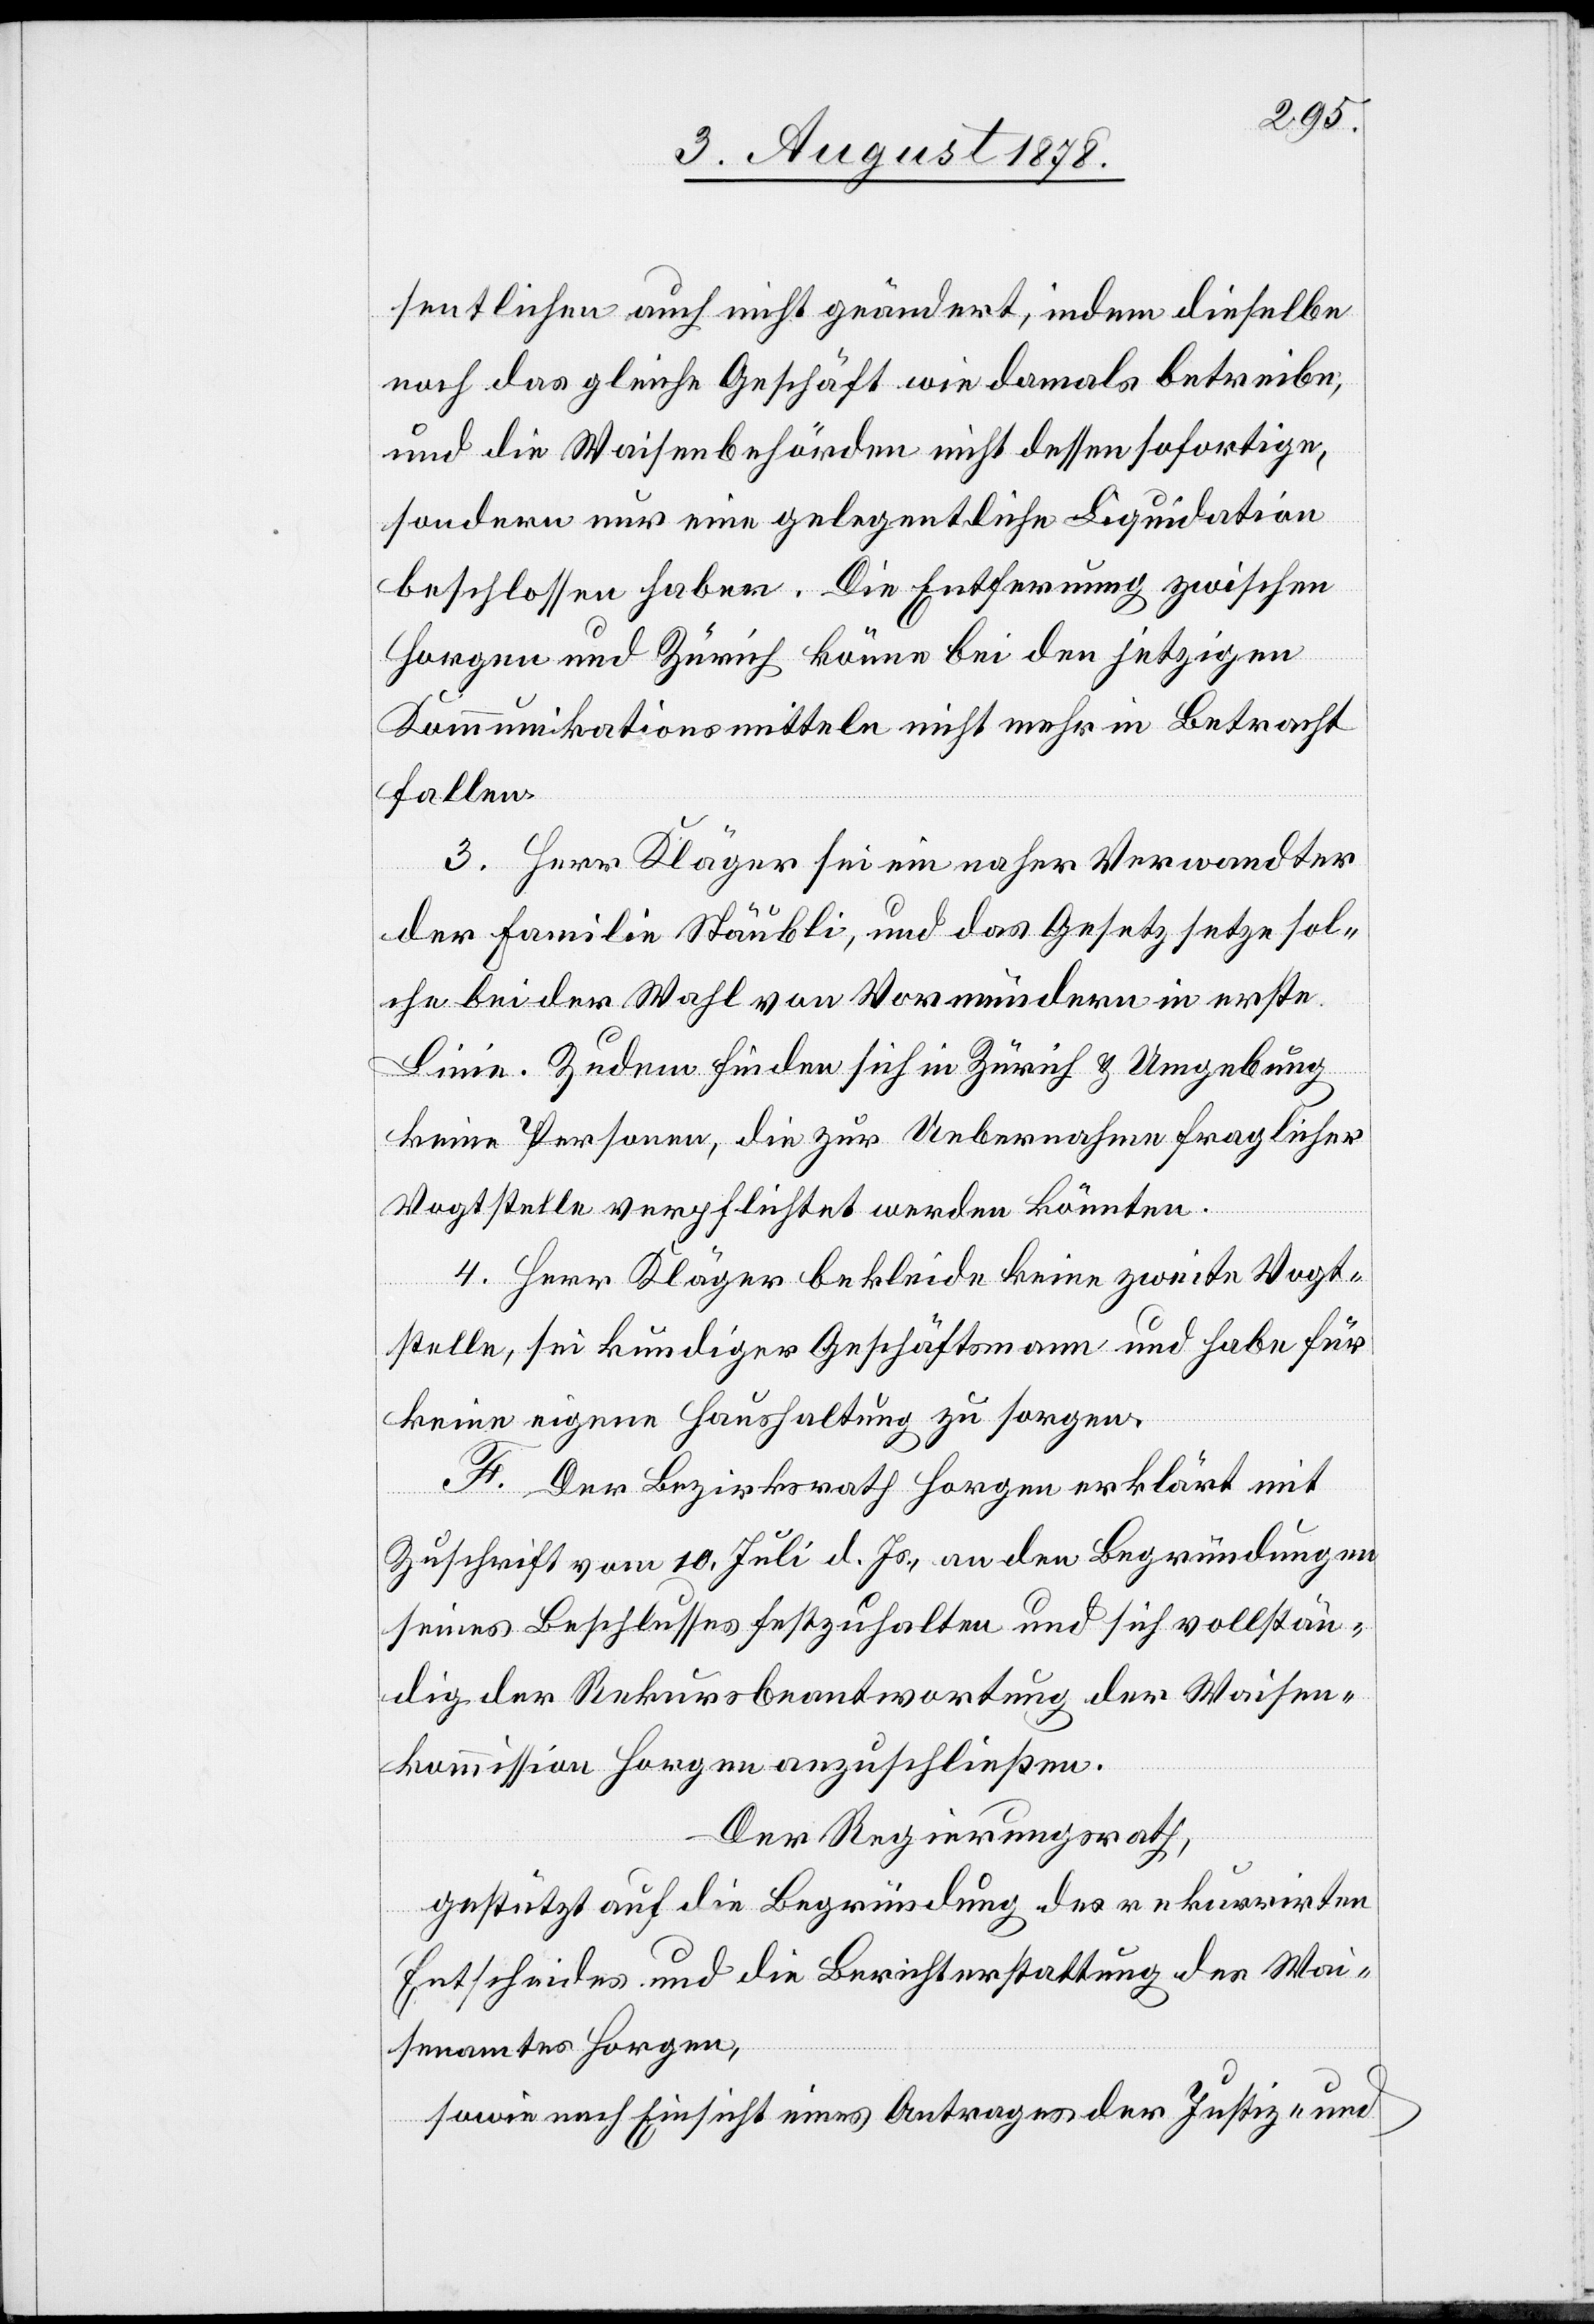
sentlichen auch nicht geändert, indem dieselbe
noch das gleiche Geschäft wie damals betreibe;
und die Waisenbehörden nicht dessen sofortige,
sondern nur eine gelegentliche Liquidation
beschlossen haben. Die Entfernung zwischen
Horgen und Zürich könne bei den jetzigen
Kommunikationsmitteln nicht mehr in Betracht
fallen.
3. Herr Kläger sei ein naher Verwandter
der Familie Stäubli, und das Gesetz setze sol¬
che bei der Wahl von Vormündern in erste
Linie. Zudem finden sich in Zürich & Umgebung
keine Personen, die zur Uebernahme fraglicher
Vogtstelle verpflichtet werden könnten.
4. Herr Kläger bekleide keine zweite Vogt¬
stelle, sei kundiger Geschäftsmann und habe für
keine eigene Haushaltung zu sorgen.
F. Der Bezirksrath Horgen erklärt mit
Zuschrift vom 10. Juli d. Js., an den Begründungen
seines Beschlusses festzuhalten und sich vollstän¬
dig der Rekursbeantwortung der Waisen¬
kommission Horgen anzuschließen.
Der Regierungsrath,
gestützt auf die Begründung des rekurrirten
Entscheides und die Berichterstattung des Wai¬
senamtes Horgen,
sowie nach Einsicht eines Antrages der Justiz- und